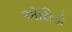
એસિડો